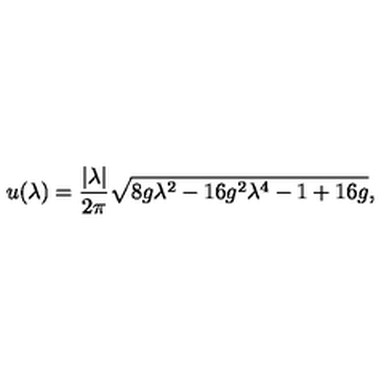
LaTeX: u ( \lambda ) = \frac { | \lambda | } { 2 \pi } \sqrt { 8 g \lambda ^ { 2 } - 1 6 g ^ { 2 } \lambda ^ { 4 } - 1 + 1 6 g } ,